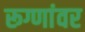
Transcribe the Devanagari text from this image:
रूग्णांवर